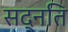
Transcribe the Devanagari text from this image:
सद्नति